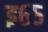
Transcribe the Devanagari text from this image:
इ६५